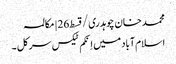
محمد خان چوہدری/قسط26 | مکالمہ
اسلام آباد میں اِنکم ٹیکس سرکل ۔